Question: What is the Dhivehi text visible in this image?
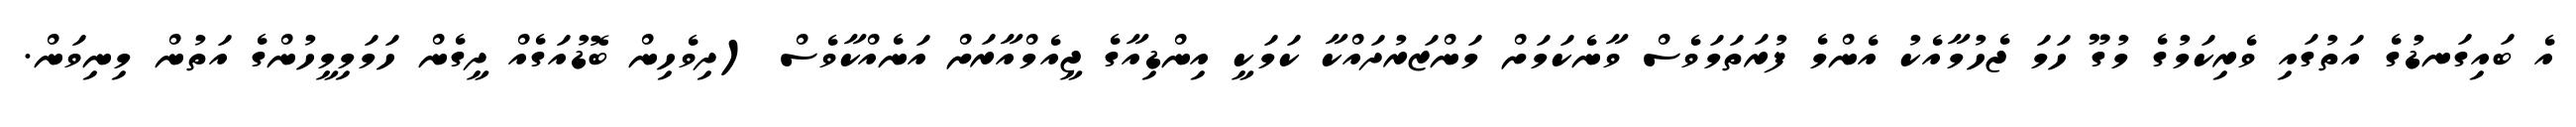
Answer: އެ ބައިގަނޑުގެ އަތުގައި ވެރިކަމުގެ މުގޫ ހަމަ ޖެހުމާއެކު އެންމެ ފުރަތަމަވެސް ވާނެކަމަށް މަންޒަރުދައްކާ ކަމަކީ އިންޑިއާގެ ޖީއެމްއާރަށް އަނެއްކާވެސް (ދިވެހިން ބޮޑުއަގެއް ދީގެން ހަމަމިމީހުންގެ އަތުން މިނިވަން.